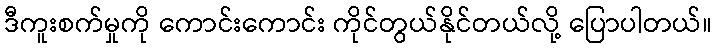
ဒီကူးစက်မှုကို ကောင်းကောင်း ကိုင်တွယ်နိုင်တယ်လို့ ပြောပါတယ်။